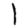
Digit: 1